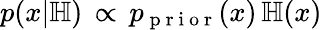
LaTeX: p(x|\mathbb H)\, \propto\, p_{\mathrm{~p~r~i~o~r~}}(x)\, \mathbb H(x)